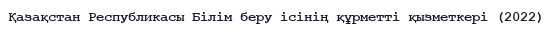
Қазақстан Республикасы Білім беру ісінің құрметті қызметкері (2022)